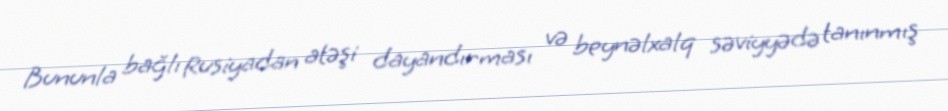
Bununla bağlı Rusiyadan atəşi dayandırması və beynəlxalq səviyyədə tanınmış